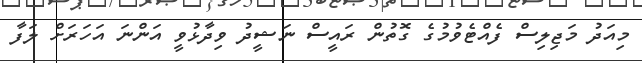
މިއަދު މަޖިލިސް ފެއްޓެވުމުގެ ގޮތުން ރައީސް ނަޝީދު ވިދާޅުވީ އަންނަ އަހަރަށް ލަފާ